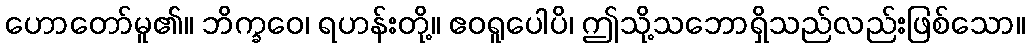
ဟောတော်မူ၏။ ဘိက္ခဝေ၊ ရဟန်းတို့။ ဧဝရူပေါပိ၊ ဤသို့သဘောရှိသည်လည်းဖြစ်သော။